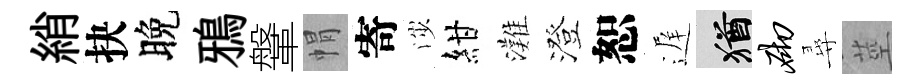
綃抉晚鴉鞶㡌寄渉紺灘澄恕遅酒砌尋莖